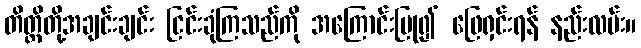
တိတ္ထိတို့အချင်းချင်း ငြင်းခုံကြသည်ကို အကြောင်းပြု၍ ဖြေရှင်းရန် နည်းလမ်း။